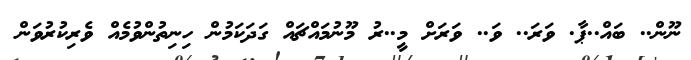
ނޫން.. ބައް..ޕާ. ވަރަ.. ވަ.. ވަރަށް މީ..ރު މޫނުމައްޗައް ގަދަކަމުން ހިނިތުންވުމެއް ވެރިކުރުވަން